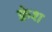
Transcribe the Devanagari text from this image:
क्वेश